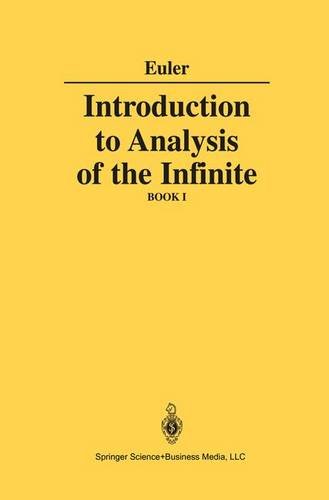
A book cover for Introduction to Analysis of the Infinite: Book I; Leonard Euler; Science & Math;